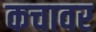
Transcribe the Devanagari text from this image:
कचावर